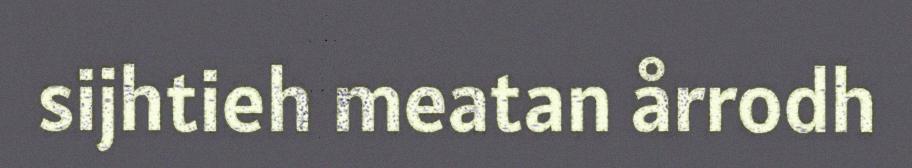
sijhtieh meatan årrodh